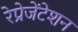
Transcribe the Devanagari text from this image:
रेप्रेजेंटेशन